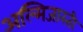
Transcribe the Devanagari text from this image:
अल्मिजास्ती